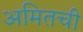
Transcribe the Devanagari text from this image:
अमितची